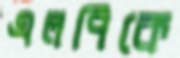
এলপিকে